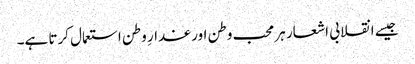
جیسے انقلابی اشعار ہر محب وطن اور غدارِ وطن استعمال کرتا ہے۔